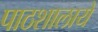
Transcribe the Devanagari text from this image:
पाठशालायें